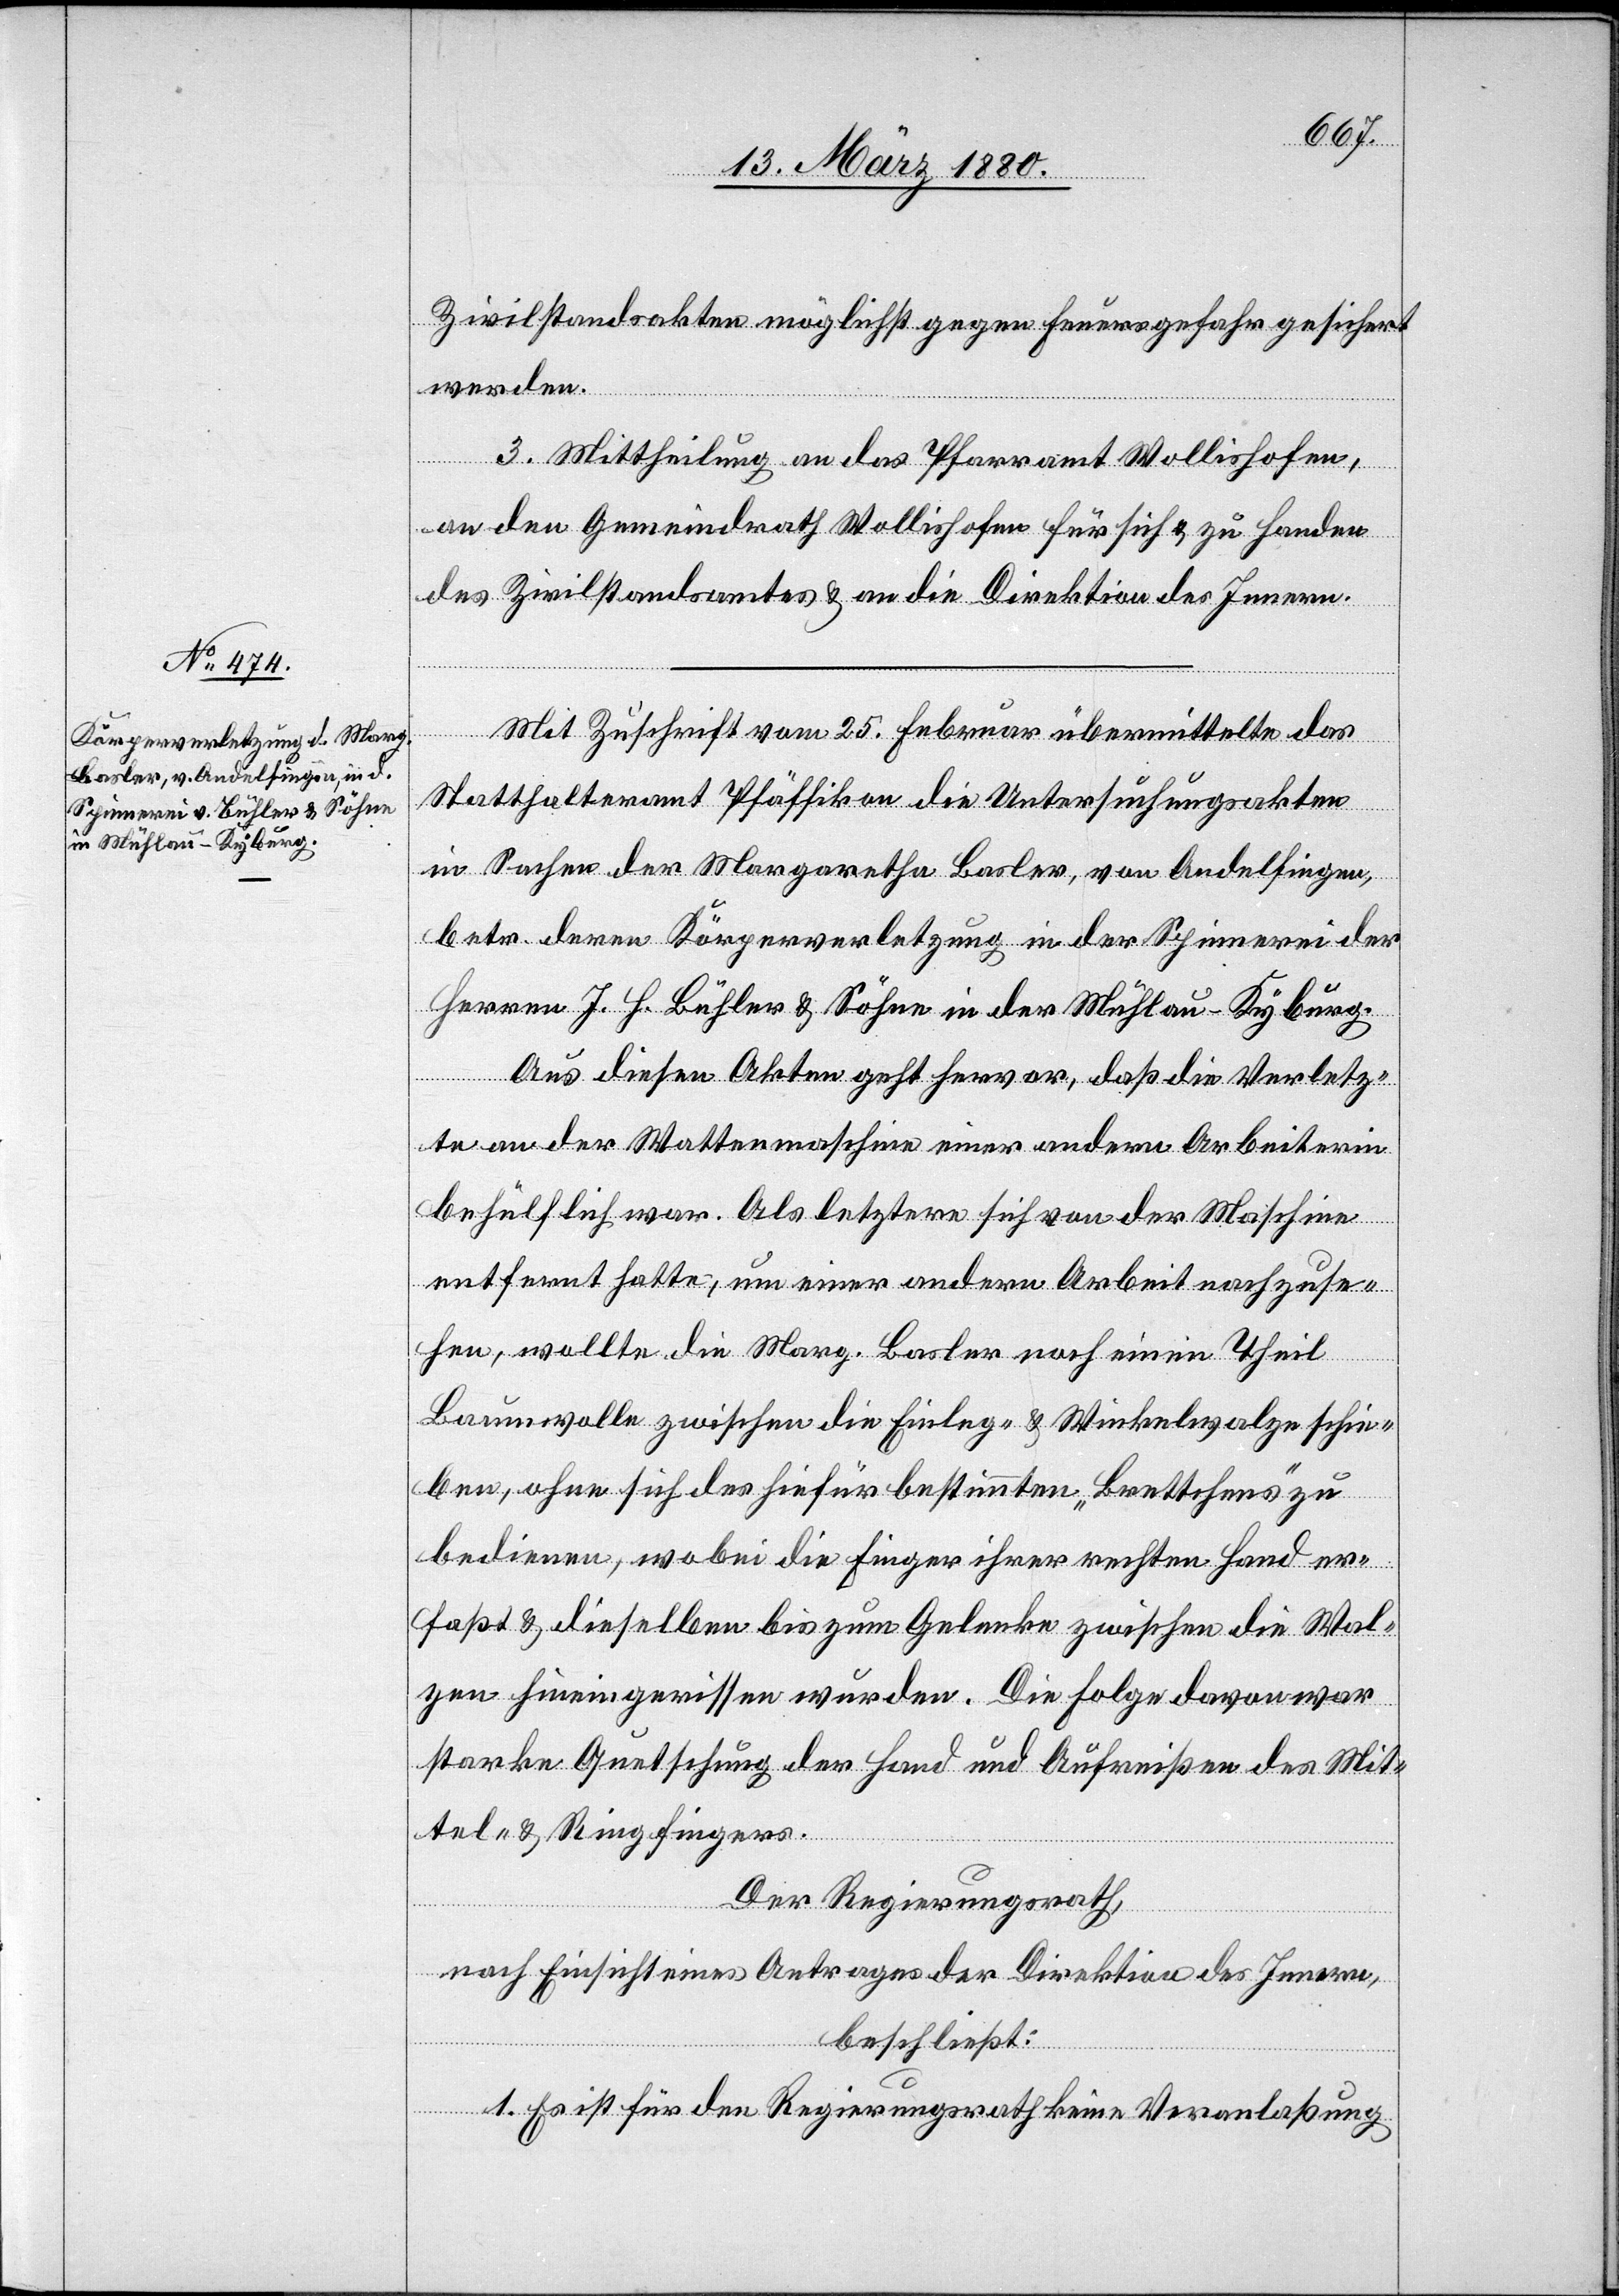
Zivilstandsakten möglichst gegen Feuergefahr gesichert
werden.
3. Mittheilung an das Pfarramt Wollishofen,
an den Gemeindrath Wollishofen für sich & zu Handen
des Zivilstandsamtes & an die Direktion des Innern.
Mit Zuschrift vom 25. Februar übermittelte das
Statthalteramt Pfäffikon die Untersuchungsakten
in Sachen der Margaretha Basler, von Andelfingen,
betr. deren Körperverletzung in der Spinnerei der
Herren J. H. Bühler & Söhne in der Mühlau - Kyburg.
Aus diesen Akten geht hervor, daß die Verletz¬
te an der Wattenmaschine einer andern Arbeiterin
behülflich war. Als letztere sich von der Maschine
entfernt hatte, um einer andern Arbeit nachzuse¬
hen, wollte die Marg. Basler noch einen Theil
Baumwolle zwischen die Einleg- & Winkelwalze schie¬
ben, ohne sich des hiefür bestimmten „Brettchens“ zu
bedienen, wobei die Finger ihrer rechten Hand er¬
faßt & dieselben bis zum Gelenke zwischen die Wal¬
zen hineingerissen wurden. Die Folge davon war
starke Quetschung der Hand und Aufreißen des Mit¬
tel- & Ringfingers.
Der Regierungsrath,
nach Einsicht eines Antrages der Direktion des Innern,
beschließt:
1. Es ist für den Regierungsrath keine Veranlaßung